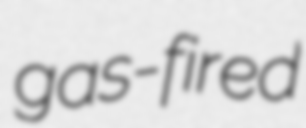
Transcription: gas-fired